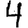
Digit: 4